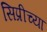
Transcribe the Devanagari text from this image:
सिप्रीच्या